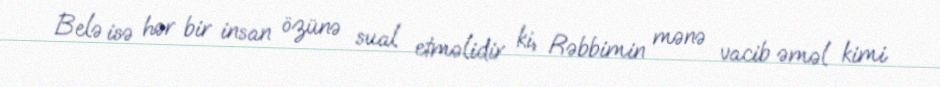
Belə isə hər bir insan özünə sual etməlidir ki, Rəbbimin mənə vacib əməl kimi